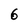
Character: G